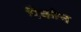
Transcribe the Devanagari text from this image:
मैकोन